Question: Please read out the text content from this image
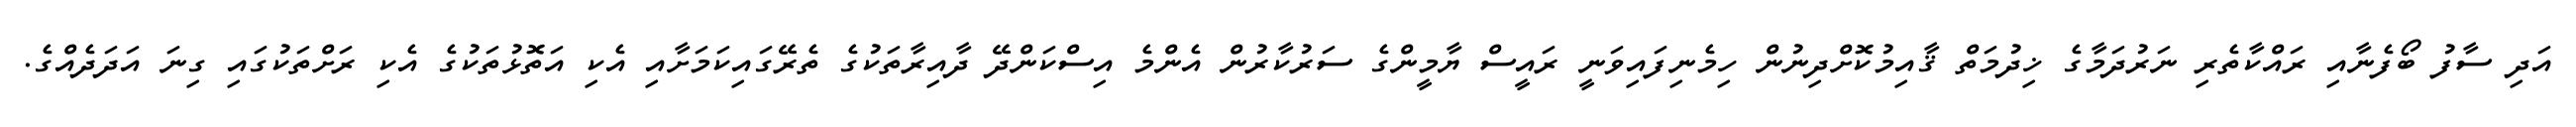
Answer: އަދި ސާފު ބޯފެނާއި ރައްކާތެރި ނަރުދަމާގެ ޚިދުމަތް ޤާއިމުކޮށްދިނުން ހިމެނިފައިވަނީ ރައީސް ޔާމީންގެ ސަރުކާރުން އެންމެ އިސްކަންދޭ ދާއިރާތަކުގެ ތެރޭގައިކަމަށާއި އެކި އަތޮޅުތަކުގެ އެކި ރަށްތަކުގައި ގިނަ އަދަދެއްގެ.